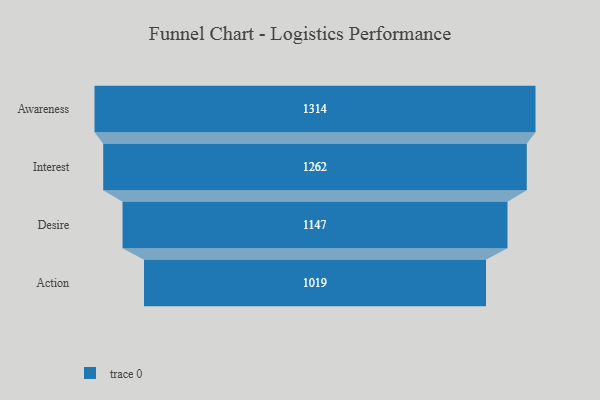
{"axis": {"x": "Stage", "y": "Value"}, "legend": [""], "data": [{"x": "Awareness", "y": 1314.0, "type": ""}, {"x": "Interest", "y": 1262.0, "type": ""}, {"x": "Desire", "y": 1147.0, "type": ""}, {"x": "Action", "y": 1019.0, "type": ""}]}